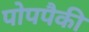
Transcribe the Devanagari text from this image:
पोपपैकी